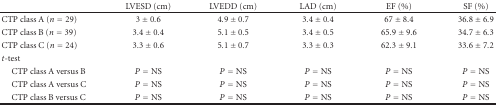
<table><thead><tr><td></td><td><b>LVESD (cm)</b></td><td><b>LVEDD (cm)</b></td><td><b>LAD (cm)</b></td><td><b>EF (%)</b></td><td><b>SF (%)</b></td></tr></thead><tbody><tr><td>CTP class A (<i>n</i> = 29)</td><td>3 ± 0.6</td><td>4.9 ± 0.7</td><td>3.4 ± 0.4</td><td>67 ± 8.4</td><td>36.8 ± 6.9</td></tr><tr><td>CTP class B (<i>n</i> = 39)</td><td>3.4 ± 0.4</td><td>5.1 ± 0.5</td><td>3.4 ± 0.5</td><td>65.9 ± 9.6</td><td>34.7 ± 6.3</td></tr><tr><td>CTP class C (<i>n</i> = 24)</td><td>3.3 ± 0.6</td><td>5.1 ± 0.7</td><td>3.3 ± 0.3</td><td>62.3 ± 9.1</td><td>33.6 ± 7.2</td></tr><tr><td><i>t-</i>test</td><td></td><td></td><td></td><td></td><td></td></tr><tr><td> CTP class A versus B</td><td><i>P</i> = NS</td><td><i>P</i> = NS</td><td><i>P</i> = NS</td><td><i>P</i> = NS</td><td><i>P</i> = NS</td></tr><tr><td> CTP class A versus C</td><td><i>P</i> = NS</td><td><i>P</i> = NS</td><td><i>P</i> = NS</td><td><i>P</i> = NS</td><td><i>P</i> = NS</td></tr><tr><td> CTP class B versus C</td><td><i>P</i> = NS</td><td><i>P</i> = NS</td><td><i>P</i> = NS</td><td><i>P</i> = NS</td><td><i>P</i> = NS</td></tr></tbody></table>